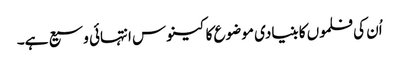
اُن کی فلموں کا بنیادی موضوع کا کینوس انتہائی وسیع ہے۔